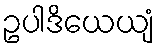
ဥပါဒိယေယျံ